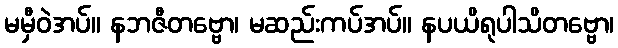
မမှီဝဲအပ်။ နဘဇီတဗ္ဗော၊ မဆည်းကပ်အပ်။ နပယိရုပါသိတဗ္ဗော၊